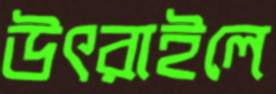
উৎরাইলে